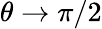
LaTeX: \theta\rightarrow\pi/2